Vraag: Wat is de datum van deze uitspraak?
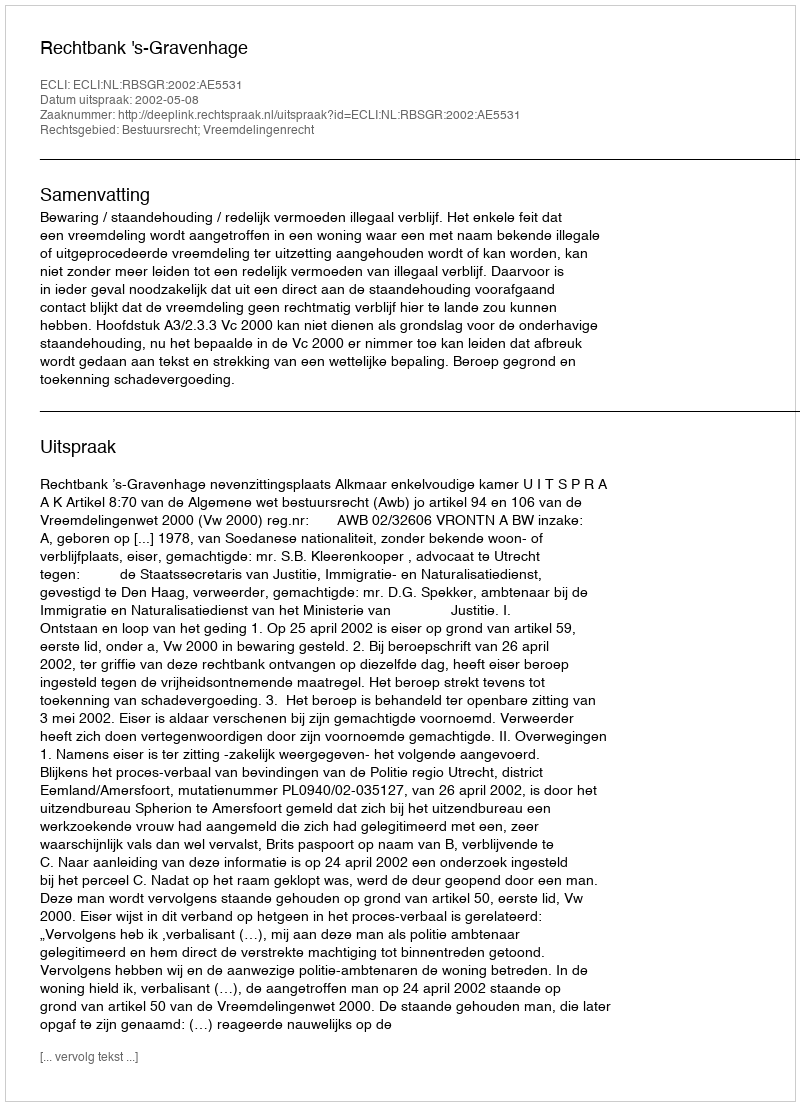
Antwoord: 2002-05-08